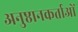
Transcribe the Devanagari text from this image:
अनुष्ठानकर्ताओं